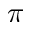
\pi